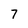
Character: 7